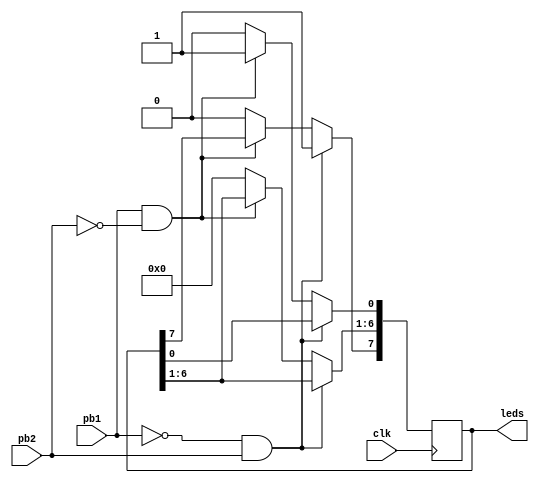
module clock_example(leds, pb1, pb2, clk);

input clk;
input pb1, pb2;
output reg [7:0] leds;
reg [25:0] clock2;

always @(posedge clk)
   /*clock2 <= clock2+1;

always @(posedge clock2[25])*/
	begin
		if((pb1==0)&&(pb2==1))
			leds[7] <= 1;
		else if((pb1==1)&&(pb2==0))
			leds[0] <= 1;
		else
			leds <= 8'b0;
	end
	
initial
	begin
		leds = 8'b1;
	end
	
endmodule